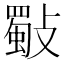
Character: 斀